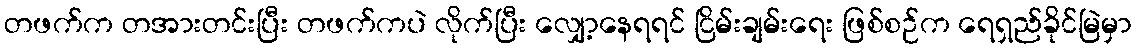
တဖက်က တအားတင်းပြီး တဖက်ကပဲ လိုက်ပြီး လျှော့နေရရင် ငြိမ်းချမ်းရေး ဖြစ်စဉ်က ရေရှည်ခိုင်မြဲမှာ